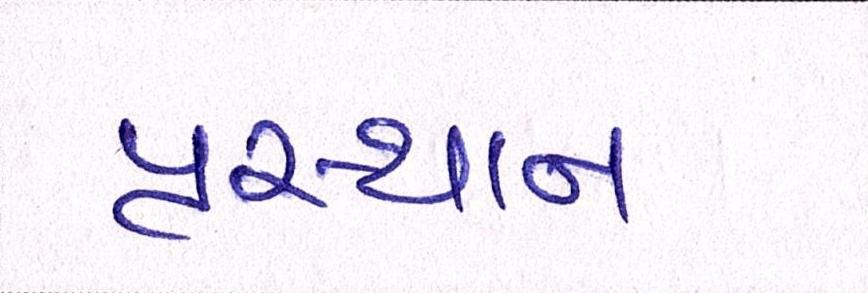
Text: પ્રસ્થાન